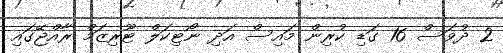
2 ދުވަސް 16 ގަޑި ކުރިން މައިސް އަދި ނޯޓިކަލް ޓޫރިޒަމް ރާއްޖޭގައި